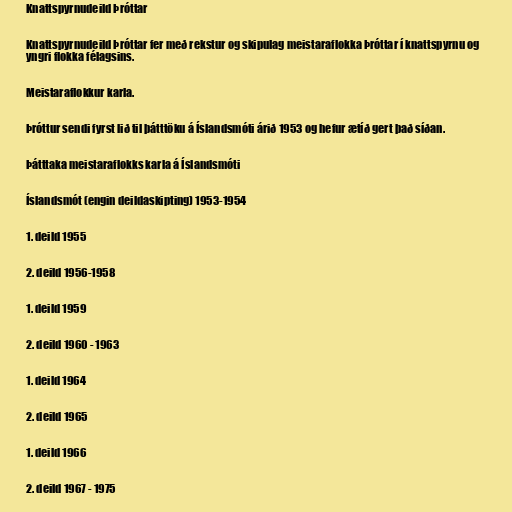
Knattspyrnudeild Þróttar

Knattspyrnudeild Þróttar fer með rekstur og skipulag meistaraflokka Þróttar í knattspyrnu og
yngri flokka félagsins.

Meistaraflokkur karla.

Þróttur sendi fyrst lið til þátttöku á Íslandsmóti árið 1953 og hefur ætíð gert það síðan.

Þátttaka meistaraflokks karla á Íslandsmóti

Íslandsmót (engin deildaskipting) 1953-1954

1. deild 1955

2. deild 1956-1958

1. deild 1959

2. deild 1960 - 1963

1. deild 1964

2. deild 1965

1. deild 1966

2. deild 1967 - 1975